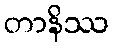
တာနိဿ